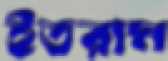
ইতরাম